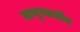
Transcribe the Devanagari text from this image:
दानूबतटीय